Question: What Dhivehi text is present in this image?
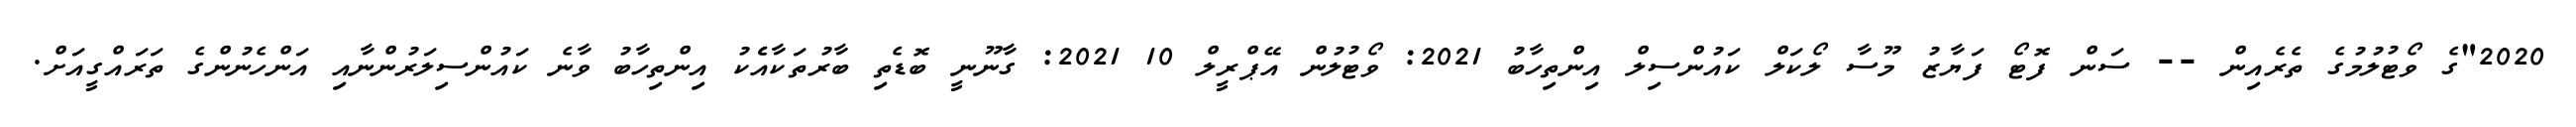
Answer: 2020"ގެ ވޯޓުލުމުގެ ތެރެއިން -- ސަން ފޮޓޯ ފަޔާޒު މޫސާ ލޯކަލް ކައުންސިލް އިންތިހާބު 2021: ވޯޓުލުން އޭޕްރީލް 10 2021: ގާނޫނީ ބޮޑެތި ބާރުތަކާއެެކު އިންތިހާބު ވާނެ ކައުންސިލަރުންނާއި އަންހެނުންގެ ތަރައްގީއަށް.